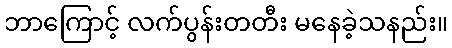
ဘာကြောင့် လက်ပွန်းတတီး မနေခဲ့သနည်း။